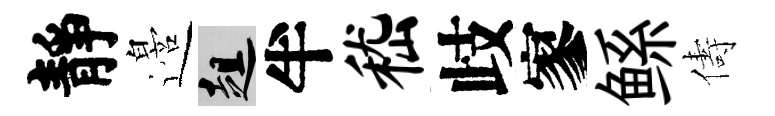
靜邉趄半嵇歧寥鲧儔